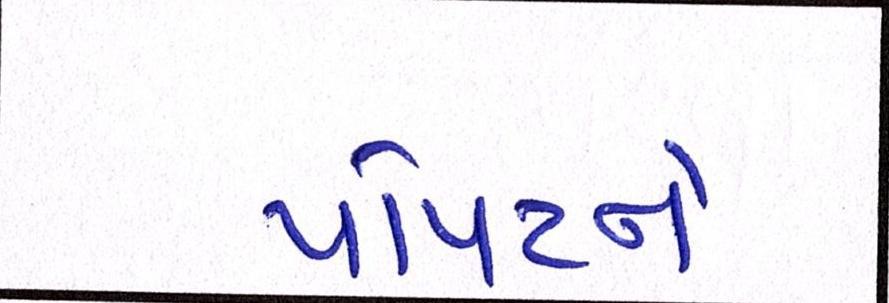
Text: પોપટને